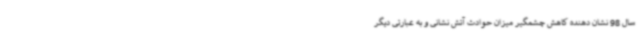
سال 98 نشان دهنده کاهش چشمگیر میزان حوادث آتش نشانی و به عبارتی دیگر